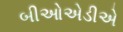
બીઓએડીએ